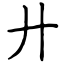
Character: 廾